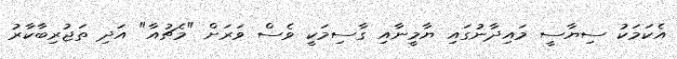
އެކަމަކު ސިޔާސީ މައިދާނުގައި ޔާމީނާއި ގާސިމަކީ ވެސް ވަރަށް "މެޗުއާ" އަދި ތަޖުރިބާކާރު